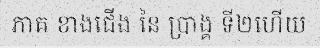
ភាគ ខាងជើង នៃ ប្រាង្គ ទី២ហើយ